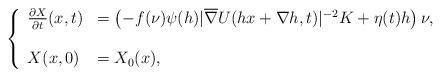
LaTeX: \begin{align*}\left\{\begin{array}{ll}\frac{\partial{X}}{\partial{t}} (x,t)&=\left(-f(\nu){\psi} (h)|\overline{\nabla} U(hx+\nabla h,t)|^{-2}K+\eta(t)h\right)\nu ,\\\\X(x,0)&=X_0(x),\end{array}\right.\end{align*}